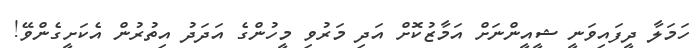
ހަމަލާ ދީފައިވަނީ ޝީއީންނަށް އަމާޒުކޮށް އަދި މަރުވި މީހުންގެ އަދަދު އިތުރުން އެކަށީގެންވޭ!